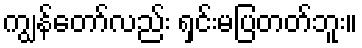
ကျွန်တော်လည်း ရှင်းမပြတတ်ဘူး။